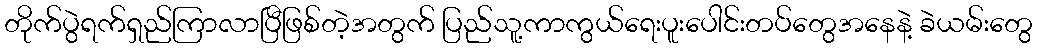
တိုက်ပွဲရက်ရှည်ကြာလာပြီဖြစ်တဲ့အတွက် ပြည်သူ့ကာကွယ်ရေးပူးပေါင်းတပ်တွေအနေနဲ့ ခဲယမ်းတွေ